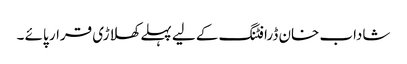
شاداب خان ڈرافٹنگ کے لیے پہلے کھلاڑی قرار پائے ۔